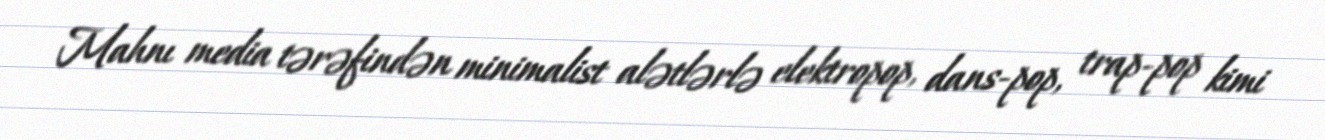
Mahnı media tərəfindən minimalist alətlərlə elektropop, dans-pop, trap-pop kimi